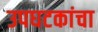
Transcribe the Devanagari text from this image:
उपघटकांचा